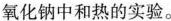
氧化钠中和热的实验。